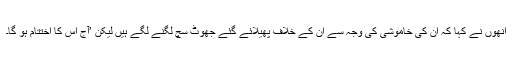
انھوں نے کہا کہ ان کی خاموشی کی وجہ سے ان کے خلاف پھیلائے گئے جھوٹ سچ لگنے لگے ہیں لیکن ’آج اس کا اختتام ہو گا۔